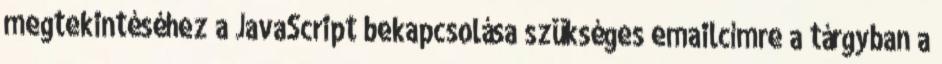
megtekintéséhez a JavaScript bekapcsolása szükséges emailcímre a tárgyban a